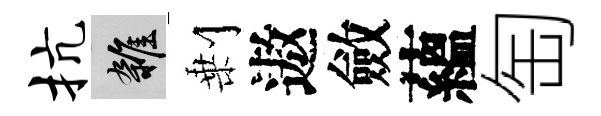
抗雜剰遨斂蘊匋